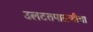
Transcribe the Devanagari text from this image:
उलटतपासणीचा